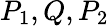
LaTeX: P_{1},Q,P_{2}